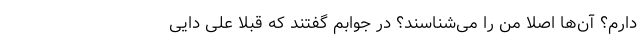
دارم؟ آن‌ها اصلا من را می‌شناسند؟ در جوابم گفتند که قبلا علی دایی